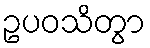
ဥပဝသိတွာ